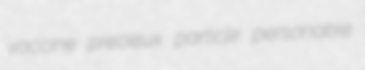
vaccine precieux particle personable